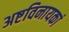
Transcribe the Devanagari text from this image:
अष्टविनायकां